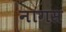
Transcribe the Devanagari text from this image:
नागस